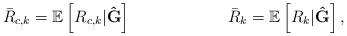
LaTeX: \begin{align*} \bar{R}_{c,k}&=\mathbb{E}\left[R_{c,k}|\mathbf{\hat{G}}\right] & \bar{R}_{k}=\mathbb{E}\left[R_{k}|\mathbf{\hat{G}}\right],\end{align*}